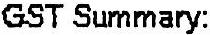
GST SUMMARY: